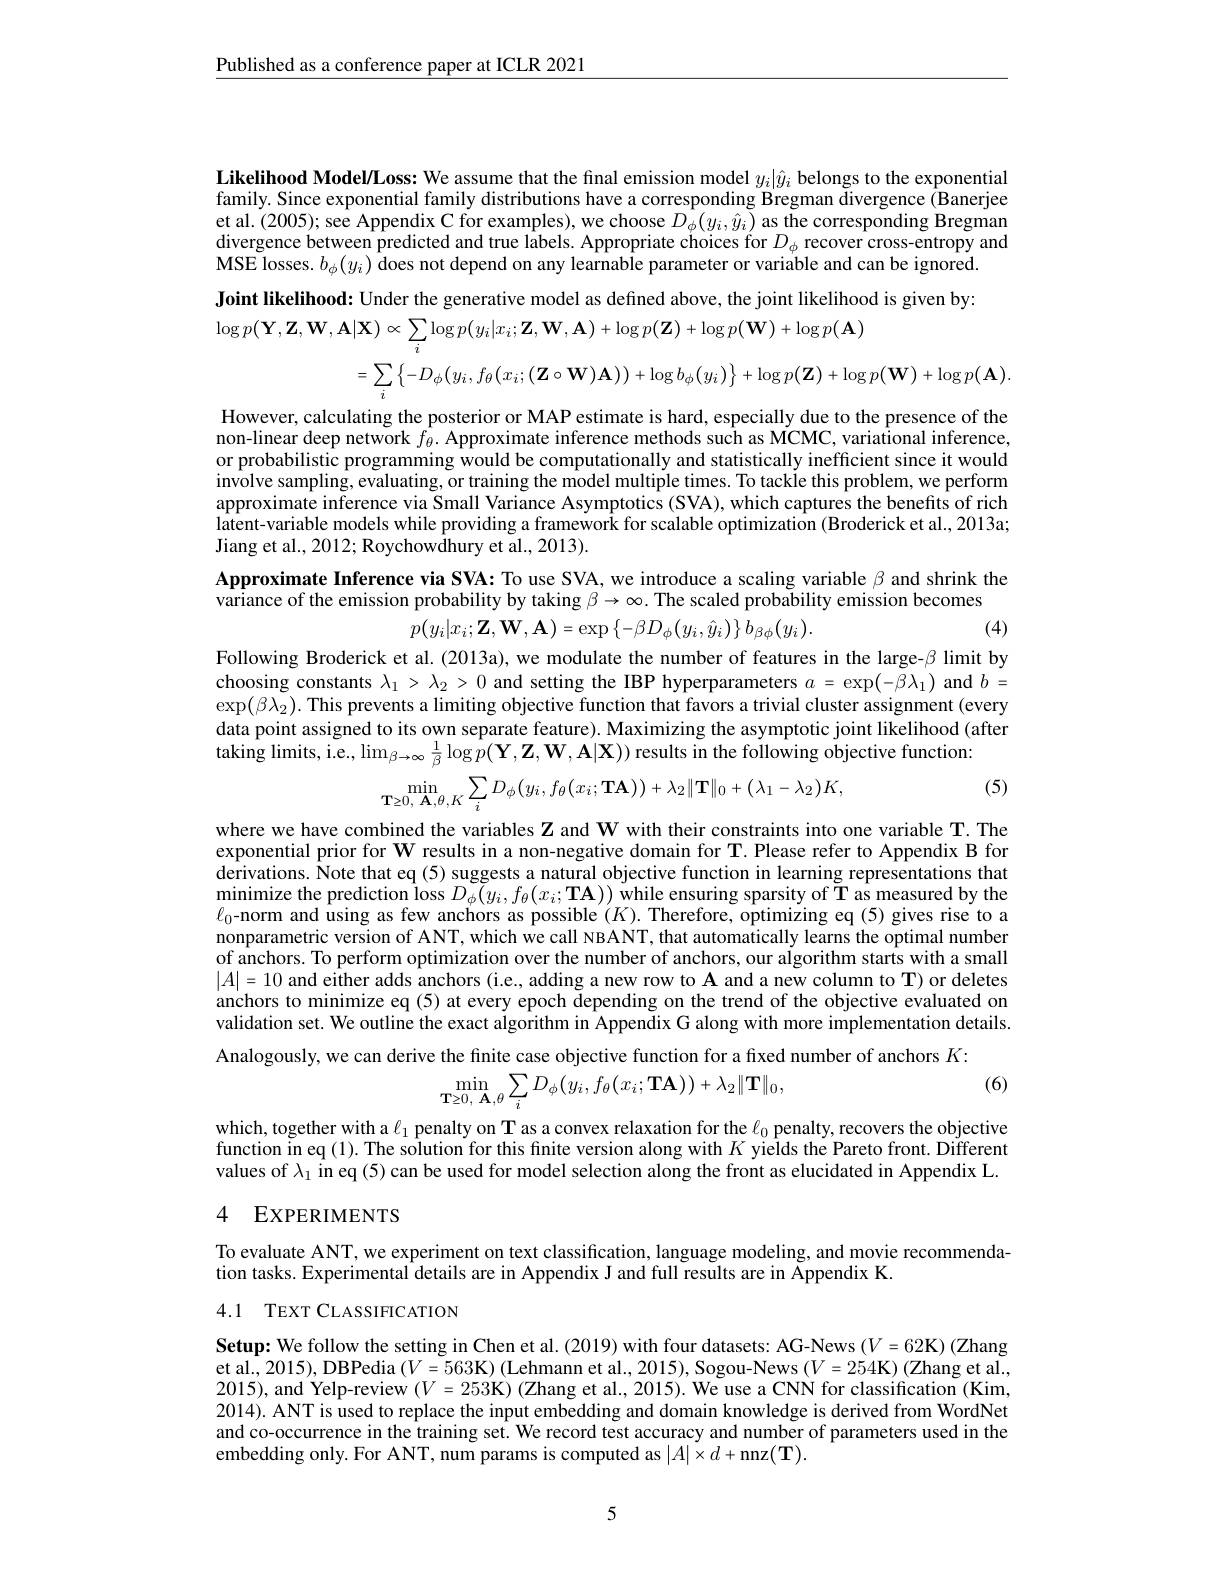
$\underline{\text{Published as a conference paper at ICLR 2021}}$

Likelihood Model/Loss: We assume that the final emission model $y_i|\hat{y}_i$ belongs to the exponential family. Since exponential family distributions have a corresponding Bregman divergence (Banerjee et al. (2005); see Appendix C for examples), we choose $D_\phi(y_i,\hat{y}_i)$ as the corresponding Bregman divergence between predicted and true lâbels. Appropriate choices for $D_\phi$ recover cross-entropy and $\tilde{\mathbf{MSE}}$losses. $b_\phi(y_i)\tilde{\mathbf{d}}$oes not depend on any learnable parameter or variable and can be ignored. Joint likelihood: Under the generative model as defined above, the joint likelihood is given by:
$$\begin{aligned},\mathbf{Z},\mathbf{W},\mathbf{A}|\mathbf{X})&\propto\sum_{i}\log p(y_{i}|x_{i};\mathbf{Z},\mathbf{W},\mathbf{A})+\log p(\mathbf{Z})+\log p(\mathbf{W})+\log p(\mathbf{A})\\&=\sum_{i}\left\{-D_{\phi}\big(y_{i},f_{\theta}\big(x_{i};\big(\mathbf{Z}\circ\mathbf{W}\big)\mathbf{A}\big)\big)+\log b_{\phi}\big(y_{i}\big)\right\}+\log p\big(\mathbf{Z}\big)+\log p\big(\mathbf{W}\big)+\log p\big(\mathbf{A}\big).\\\end{aligned}$$
However, calculating the posterior or MAP estimate is hard, especially due to the presence of the non-linear deep network $\hat{f}_\theta.$ Approximate inference methods such as MCMC, variational inference, or probabilistic programming would be computationally and statistically inefficient since it would involve sampling, evaluating, or training the model multiple times. To tackle this problem, we perform approximate inference via Small Variance Asymptotics (SVA), which captures the benefits of rich latent-variable models while providing a framework for scalable optimization (Broderick et al., 2013a; Jiang et al., 2012; Roychowdhury et al., 2013).

Approximate Inference via SVA: To use SVA, we introduce a scaling variable $\beta$ and shrink the
variance of the emission probability by taking $\beta \to \infty .$The scaled probability emission becomes
$$p(y_{i}|x_{i};\mathbf{Z},\mathbf{W},\mathbf{A})=\exp\left\{-\beta D_{\phi}(y_{i},\hat{y}_{i})\right\}\hat{b}_{\beta\phi}(y_{i}).$$
(4)

Following Broderick et al. (2013a), we modulate the number of features in the large- $\beta$ limit by choosing constants $\lambda_1>\lambda_2>0$ and setting the IBP hyperparameters $a=\exp(-\beta\lambda_1)$ and $b=$ $\exp(\beta\lambda_2).$ This prevents a limiting objective function that favors a trivial cluster assignment (every data point assigned to its own separate feature). Maximizing the asymptotic joint likelihood (after taking limits, i.e., $\lim_{\beta\to\infty}\frac1\beta\log p(\mathbf{Y},\mathbf{Z},\mathbf{W},\mathbf{A}|\mathbf{X}))$ results in the following objective function:
$$\min_{\mathbf{T}\geq0,\:\mathbf{A},\theta,K}\sum_{i}D_{\phi}(y_{i},f_{\theta}(x_{i};\mathbf{TA}))+\lambda_{2}\|\mathbf{T}\|_{0}+(\lambda_{1}-\lambda_{2})K,$$
(5)

where we have combined the variables $\mathbf{Z}$ and W with their constraints into one variable T. The exponential prior for W results in a non-negative domain for T. Please refer to Appendix B for derivations. Note that eq (5) suggests a natural objective function in learning representations that $\begin{array}{c}\mathrm{minimize~the~prediction~loss~}D_{\phi}(y_{i},f_{\theta}(x_{i};\mathbf{TA}))\end{array}$while ensuring sparsity of T as measured by the $\ell_0$-norm and úsing as few anchors as possible $(K).$ Therefore, optimizing eq (5) gives rise to a nonparametric version of ANT, which we call NBANT, that automatically learns the optimal number of anchors. To perform optimization over the number of anchors, our algorithm starts with a small $|A|=10$ and either adds anchors (i.e., adding a new row to $\mathbf{A}$ and a new column to T) or deletes anchors to minimize eq (5) at every epoch đepending on the trend of the objective evaluated on validation set. We outline the exact algorithm in Appendix G along with more implementation details. Analogously, we can derive the finite case objective function for a fixed number of anchors $K:$
(6)
$$\min_{\mathbf{T}\geq0,\:\mathbf{A},\theta}\sum_{i}D_{\phi}(y_{i},f_{\theta}(x_{i};\mathbf{TA}))+\lambda_{2}\|\mathbf{T}\|_{0},$$
which, together with a $\ell_1$ penalty on T as a convex relaxation for the $\ell_0$ penalty, recovers the objective function in eq (1). The solution for this finite version along with $K$ yields the Pareto front. Different values of $\lambda_1$ in eq (5) can be used for model selection along the front as elucidated in Appendix L.

## 4 EXPERIMENTS

To evaluate ANT, we experiment on text classification, language modeling, and movie recommenda-
tion tasks. Experimental details are in Appendix J and full results are in { }Kppendix K.

## 4.1 TEXT CLASSIFICATION

Setup: We follow the setting in Chen et al. (2019) with four datasets: AG-News ($V=62$K) (Zhang et al., 2015), DBPedia $(V=563$K) (Lehmann et al., 2015), Sogou-News ($V=254$K)(Zhang et al., 2015), and Yelp-review $(V=253$K) (Zhang et al., 2015). We use a CNN for classification (Kim, 2014). ANT is used to replace the input embedding and domain knowledge is derived from WordNet and co-occurrence in the training set. We record test accuracy and number of parameters used in the embedding only. For ANT, num params is computed as $|A|\times d+$nnz$(\mathbf{T}).$

5